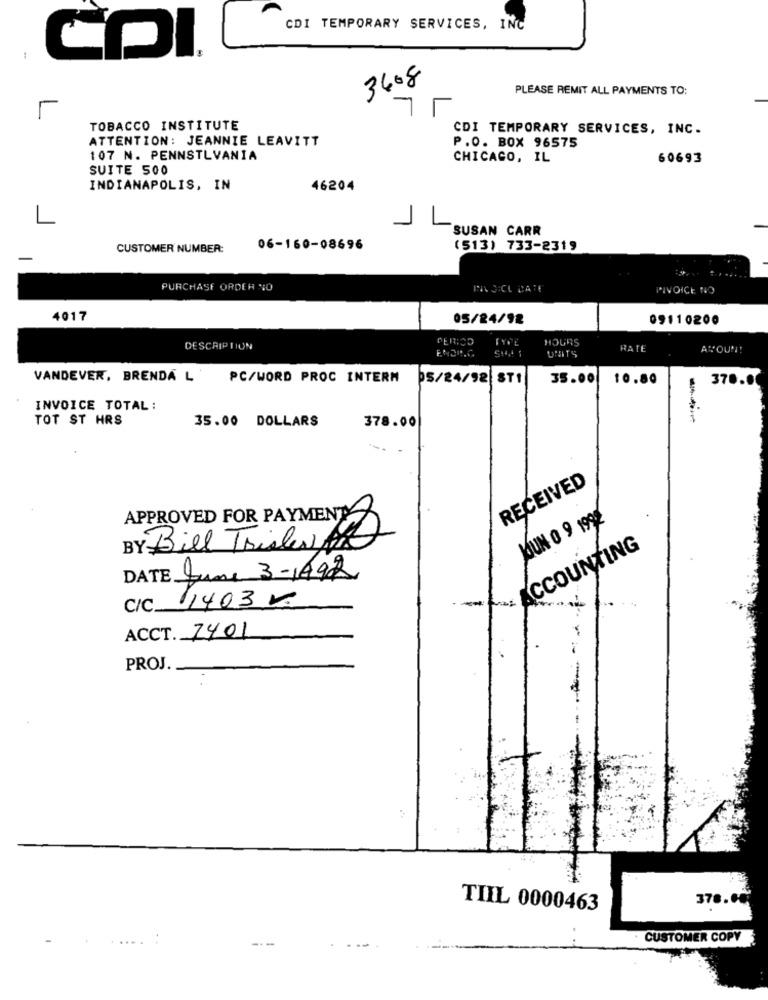
CDI TEMPORARY SERVICES, INC
COI.
3608
PLEASE REMIT ALL PAYMENTS TO:
7
TOBACCO INSTITUTE
CDI TEMPORARY SERVICES, INC.
ATTENTION: JEANNIE LEAVITT
P.O. BOX 96575
107 N. PENNSTLVANIA
CHICAGO, IL
60693
SUITE 500
INDIANAPOLIS, IN
46204
1
1
SUSAN CARR
CUSTOMER NUMBER:
06-160-08696
(513) 733-2319
PURCHASE ORDER NO
TIL SICE DATE
TIVOICE NIO
4017
05/24/92
09110200
PERICO
HOURS
DESCRIPTION
RATE
ATTOUN!
VANDEVER, BRENDA L'PC/WORD PROC INTERN
ps/24/92
ST1
35.00
10.80
370.00
INVOICE TOTAL:
TOT ST HRS
35.00 DOLLARS
378.00
RECEIVED
APPROVED FOR PAYMENT
MUN O 9 1992
BY Bill Triste
ACCOUNTING
DATE June 3-1492
14030
C/C __
ACCT. 7401
PROJ.
378.0
TIIL 0000463
CUSTOMER COPY